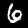
Label: 6